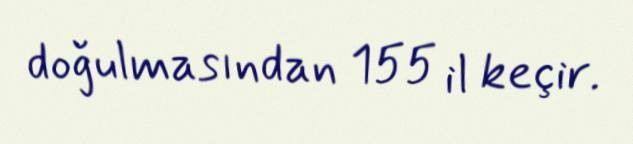
doğulmasından 155 il keçir.